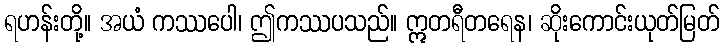
ရဟန်းတို့။ အယံ ကဿပေါ၊ ဤကဿပသည်။ ဣတရီတရေန၊ ဆိုးကောင်းယုတ်မြတ်